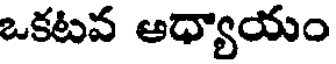
ఒకటవ ఆధ్యాయం